画像に写った文字を読んでください
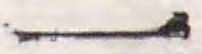
「一」と書いてあります